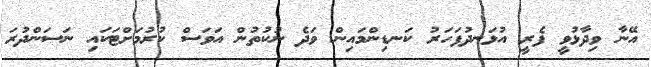
އޭނާ ވިދާޅުވީ ފެރީ އުޅަނދުފަހަރު ކަނޑިންމައިން ވަދެ ނުކުތުން އަވަސް ކުރުމަށްޓަކައި ނަސަންދުރަ